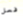
فعل